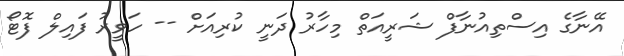
އޭނާގެ އިސްތިއުނާފް ޝަރީއަތް މިހާރު ދަނީ ކުރިއަށް -- ހަވީރު ފައިލް ފޮޓޯ